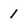
Character: 1